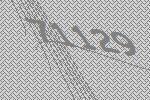
71129